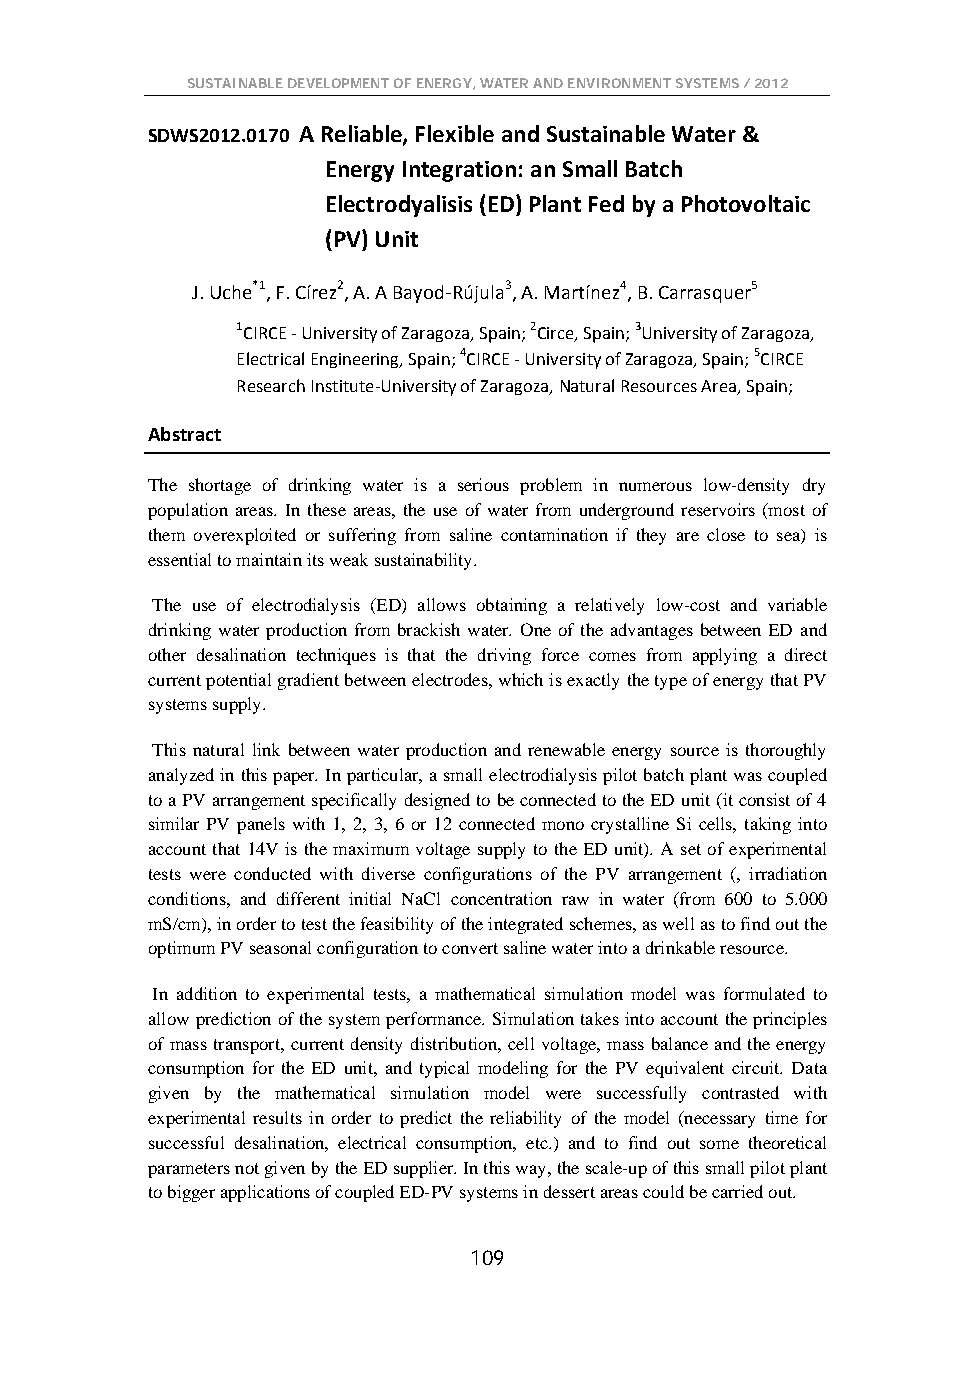
SUSTAINABLE DEVELOPMENT OF ENERGY, WATER AND ENVIRONMENT SYSTEMS / 2012
 SDWS2012.0170 A Reliable, Flexible and Sustainable Water &
 Energy Integration: an Small Batch
 Electrodyalisis (ED) Plant Fed by a Photovoltaic
 (PV) Unit
 J. Uche*1, F. Círez2, A. A Bayod-Rújula3, A. Martínez4, B. Carrasquer5
 1CIRCE - University of Zaragoza, Spain; 2Circe, Spain; 3University of Zaragoza,
 Electrical Engineering, Spain; 4CIRCE - University of Zaragoza, Spain; 5CIRCE
 Research Institute-University of Zaragoza, Natural Resources Area, Spain;
 Abstract
 The shortage of drinking water is a serious problem in numerous low-density dry
 population areas. In these areas, the use of water from underground reservoirs (most of
 them overexploited or suffering from saline contamination if they are close to sea) is
 essential to maintain its weak sustainability.
 The use of electrodialysis (ED) allows obtaining a relatively low-cost and variable
 drinking water production from brackish water. One of the advantages between ED and
 other desalination techniques is that the driving force comes from applying a direct
 current potential gradient between electrodes, which is exactly the type of energy that PV
 systems supply.
 This natural link between water production and renewable energy source is thoroughly
 analyzed in this paper. In particular, a small electrodialysis pilot batch plant was coupled
 to a PV arrangement specifically designed to be connected to the ED unit (it consist of 4
 similar PV panels with 1, 2, 3, 6 or 12 connected mono crystalline Si cells, taking into
 account that 14V is the maximum voltage supply to the ED unit). A set of experimental
 tests were conducted with diverse configurations of the PV arrangement (, irradiation
 conditions, and different initial NaCl concentration raw in water (from 600 to 5.000
 mS/cm), in order to test the feasibility of the integrated schemes, as well as to find out the
 optimum PV seasonal configuration to convert saline water into a drinkable resource.
 In addition to experimental tests, a mathematical simulation model was formulated to
 allow prediction of the system performance. Simulation takes into account the principles
 of mass transport, current density distribution, cell voltage, mass balance and the energy
 consumption for the ED unit, and typical modeling for the PV equivalent circuit. Data
 given by the mathematical simulation model were successfully contrasted with
 experimental results in order to predict the reliability of the model (necessary time for
 successful desalination, electrical consumption, etc.) and to find out some theoretical
 parameters not given by the ED supplier. In this way, the scale-up of this small pilot plant
 to bigger applications of coupled ED-PV systems in dessert areas could be carried out.
 109